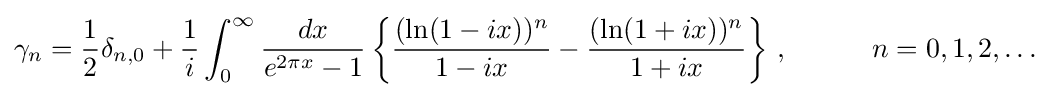
\gamma _{n}={\frac {1}{2}}\delta _{n,0}+{\frac {1}{i}}\int _{0}^{\infty }{\frac {dx}{e^{2\pi x}-1}}\left\{{\frac {(\ln(1-ix))^{n}}{1-ix}}-{\frac {(\ln(1+ix))^{n}}{1+ix}}\right\}\,,\qquad \quad n=0,1,2,\ldots